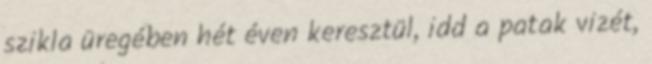
szikla üregében hét éven keresztül, idd a patak vizét,